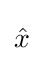
{\begin{aligned}{\hat {x}}\end{aligned}}